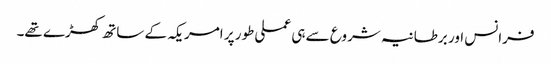
فرانس اور برطانیہ شروع سے ہی عملی طور پر امریکہ کے ساتھ کھڑے تھے۔